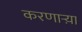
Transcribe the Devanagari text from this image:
करणार्‍य़ा